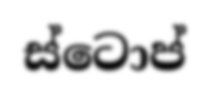
ස්ටොප්